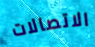
الاتصالات